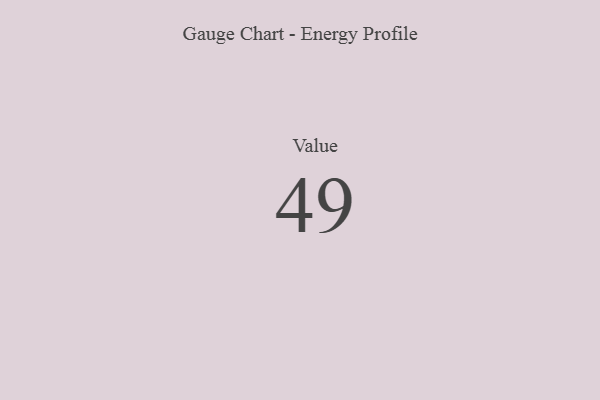
{"axis": {"x": "Metric", "y": "Value"}, "legend": [""], "data": [{"x": "Value", "y": 49, "type": ""}]}